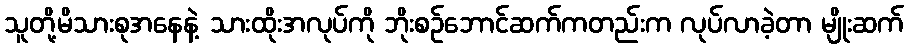
သူတို့မိသားစုအနေနဲ့ သားထိုးအလုပ်ကို ဘိုးစဉ်ဘောင်ဆက်ကတည်းက လုပ်လာခဲ့တာ မျိုးဆက်